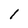
Character: l